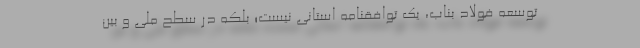
توسعه فولاد بناب، یک توافقنامه استانی نیست؛ بلکه در سطح ملی و بین